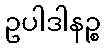
ဥပါဒါနဉ္စ